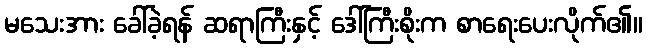
မသေးအား ခေါ်ခဲ့ရန် ဆရာကြီးနှင့် ဒေါ်ကြီးစိုးက စာရေးပေးလိုက်၏။